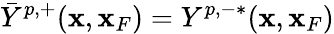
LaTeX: \bar{Y}^{p,+}({\mathbf x},{\mathbf x}_{F})=Y^{p,-*}({\mathbf x},{\mathbf x}_{F})